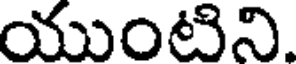
యుంటిని.